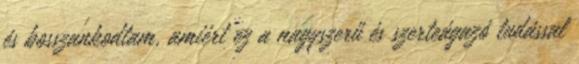
és bosszankodtam, amiért ez a nagyszerű és szerteágazó tudással